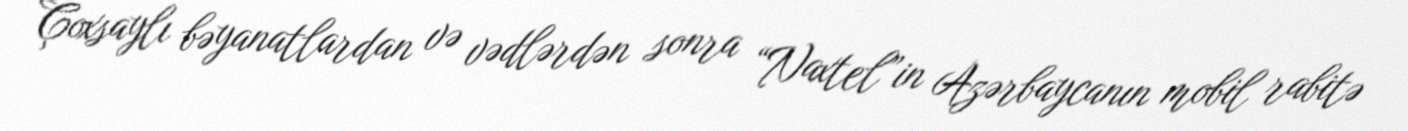
Çoxsaylı bəyanatlardan və vədlərdən sonra “Naxtel”in Azərbaycanın mobil rabitə